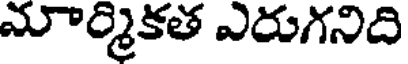
మార్మికత ఎరుగనిది